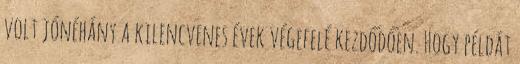
volt jónéhány a kilencvenes évek végefelé kezdődően. Hogy példát